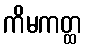
ကိမကတ္ထ